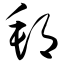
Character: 邦